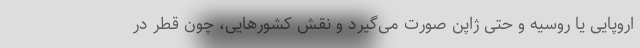
اروپایی یا روسیه و حتی ژاپن صورت می‌گیرد و نقش کشورهایی، چون قطر در